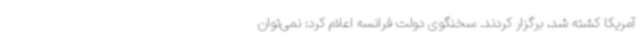
آمریکا کشته شد، برگزار کردند. سخنگوی دولت فرانسه اعلام کرد: نمی‌توان